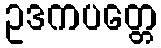
ဥဒကပတ္တေ